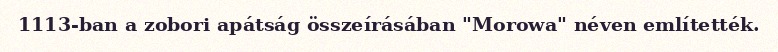
1113-ban a zobori apátság összeírásában "Morowa" néven említették.